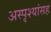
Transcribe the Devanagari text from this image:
अस्पृश्यांसह